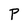
Character: P